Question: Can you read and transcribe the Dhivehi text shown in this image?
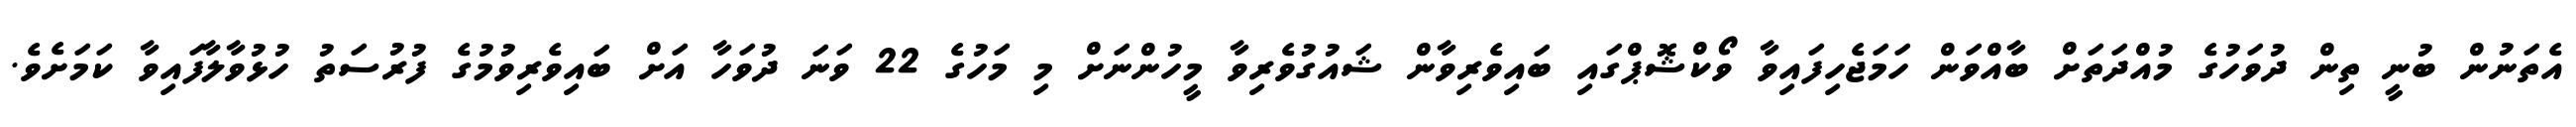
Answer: އެތަނުން ބުނީ ތިން ދުވަހުގެ މުއްދަތަށް ބާއްވަން ހަމަޖެހިފައިވާ ވޯކްޝޮޕްގައި ބައިވެރިވާން ޝައުގުވެރިވާ މީހުންނަށް މި މަހުގެ 22 ވަނަ ދުވަހާ އަށް ބައިވެރިވުމުގެ ފުރުސަތު ހުޅުވާލާފައިވާ ކަމަށެވެ.